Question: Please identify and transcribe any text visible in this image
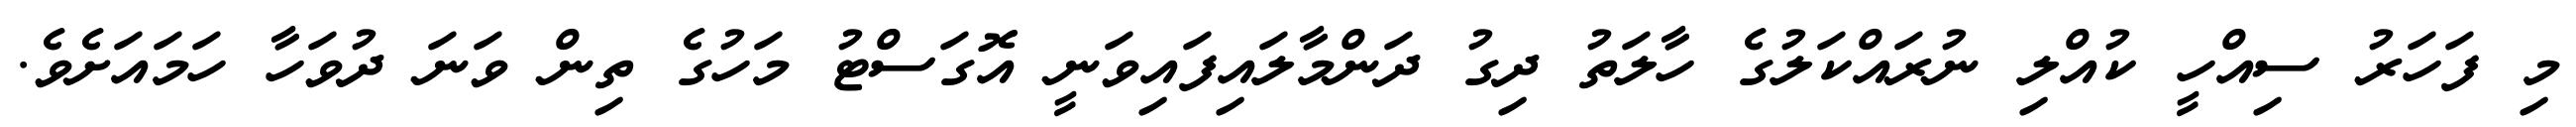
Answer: މި ފަހަރު ސިއްހީ ކުއްލި ނުރައްކަލުގެ ހާލަތު ދިގު ދަންމާލައިފައިވަނީ އޮގަސްޓު މަހުގެ ތިން ވަނަ ދުވަހާ ހަމައަށެވެ.